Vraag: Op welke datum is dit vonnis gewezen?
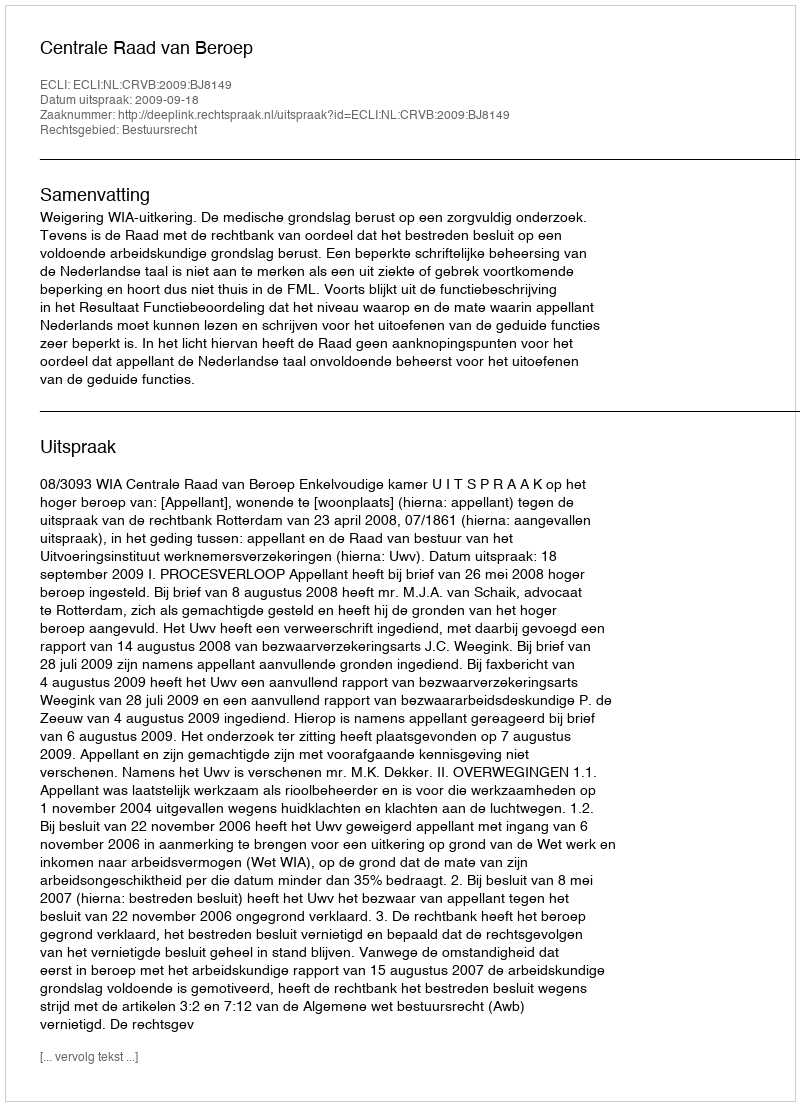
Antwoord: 2009-09-18